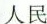
人民